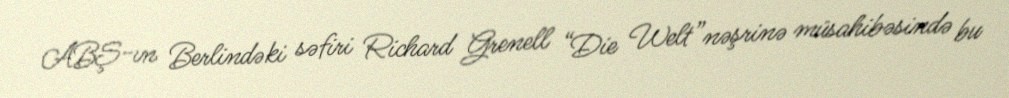
ABŞ-ın Berlindəki səfiri Richard Grenell “Die Welt”nəşrinə müsahibəsində bu